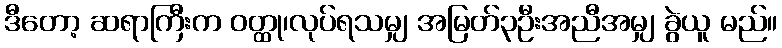
ဒီတော့ ဆရာကြီးက ဝတ္ထု၊လုပ်ရသမျှ အမြတ်၃ဦးအညီအမျှ ခွဲယူ မည်။